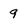
Character: 9